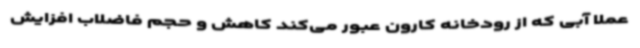
عملا آبی که از رودخانه کارون عبور می‌کند کاهش و حجم فاضلاب افزایش